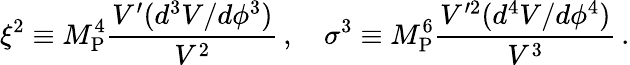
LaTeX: \xi^{2}\equiv M_{\mathrm{P}}^{4}\frac{V^{\prime}(d^{3}V/d\phi^{3})}{V^{2}}\, ,~~~~\sigma^{3}\equiv M_{\mathrm{P}}^{6}\frac{V^{\prime 2}(d^{4}V/d\phi^{4})}{V^{3}}\, .